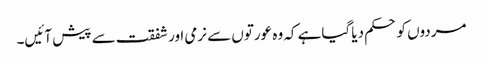
مردوں کو حکم دیا گیاہے کہ وہ عورتوں سے نرمی اورشفقت سے پیش آئیں۔